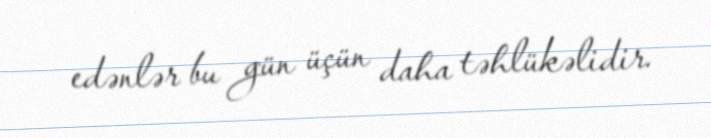
edənlər bu gün üçün daha təhlükəlidir.